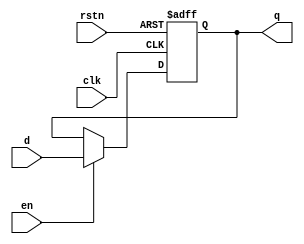
`timescale 1ns / 1ps
//////////////////////////////////////////////////////////////////////////////////
// Company: USTC
// 
// Design Name: LABH1
// Module Name: Register
// Project Name: Register
// Target Devices: xc7a100tcsg324-1
// Tool Versions: Vivado 2022.1
// Description: Just a register
// 
// Dependencies: None
// 
// Revision: Version 1.1
// Revision 0.01 - File Created
// Additional Comments: None
// 
//////////////////////////////////////////////////////////////////////////////////


module  Register #(parameter WIDTH = 16, RST_VALUE = 0)(
    input  clk, rstn, en,
    input  [WIDTH - 1 : 0]  d,
    output reg  [WIDTH - 1 : 0] q
    );

    always @(posedge clk, negedge rstn) begin
        if (!rstn) 
            q <= RST_VALUE;
        else  if (en)
            q <= d;
    end

endmodule